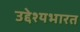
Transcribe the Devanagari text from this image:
उद्देश्यभारत